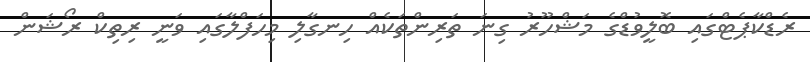
ރެޑްކާޕެޓްގައި ބޮލީވުޑްގެ މަޝްހޫރު ގިނަ ތަރިންތަކެއް ހިނގާލި މިހަފްލާގައި ވަނީ ރިތިކް ރޯޝަން